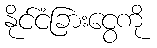
နိုင်ငံခြားငွေကို